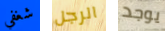
شغفي الرجل يوجد